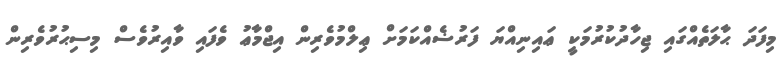
މިފަދަ ޙާލަތެއްގައި ޖިހާދުކުރުމަކީ ޢައިނިއްޔަ ފަރުޟެއްކަމަށް ޢިލްމުވެރިން އިޖްމާޢު ވެފައި ވާއިރުވެސް މިސިޙުރުވެރިން